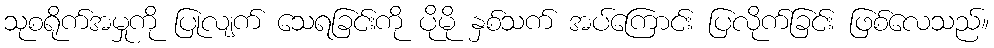
သုစရိုက်အမှုကို ပြုလျက် သေရခြင်းကို ပိုမို နှစ်သက် အပ်ကြောင်း ပြလိုက်ခြင်း ဖြစ်လေသည်။